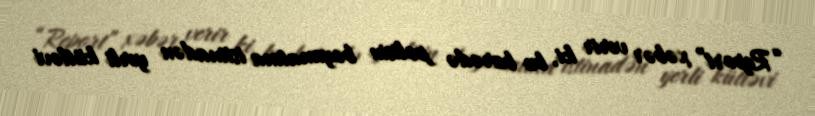
“Report” xəbər verir ki, bu barədə polisin bəyanatına istinadən yerli kütləvi